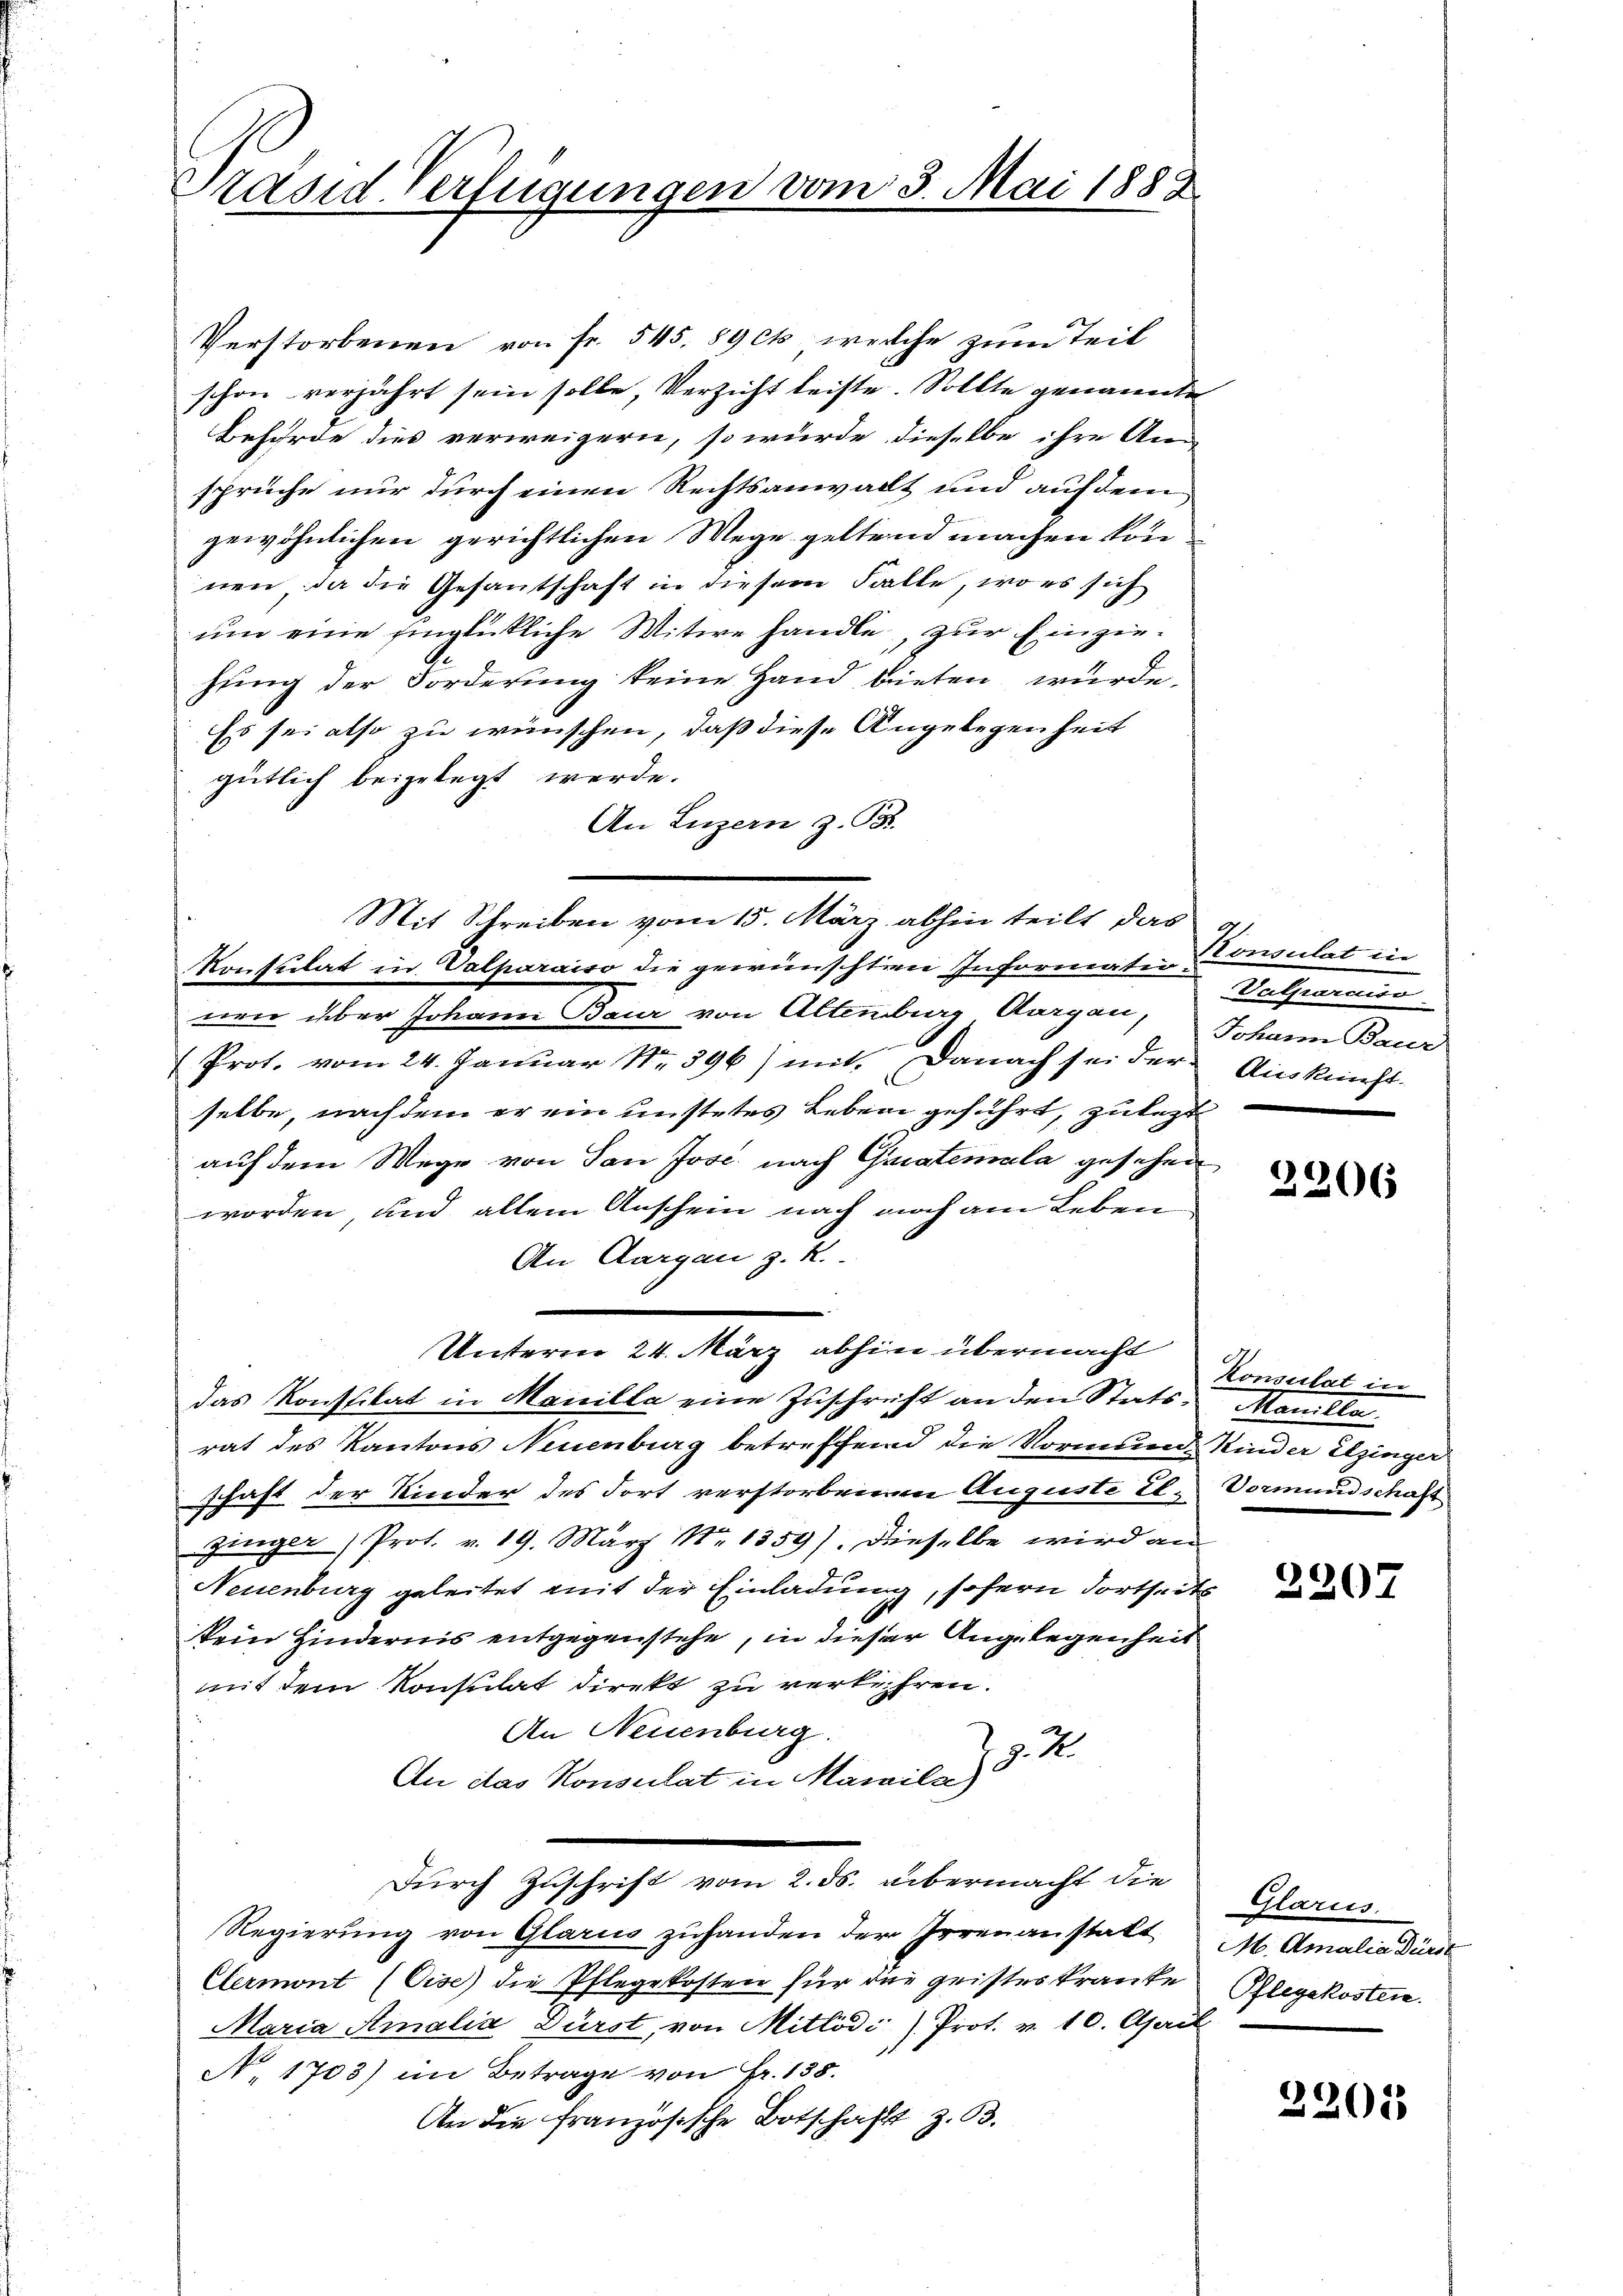
Präsid. Verfügungen vom 3. Mai 1888

Verstorbenen von Fr. 545. 89 cts, welche zum Teil
schon verjährt sein solle, Verzicht leiste. Sollte genannte
Behörde dies verweigern, so würde dieselbe ihre Ansprüche nur durch einen Rechtsanwalt und auf dem
gewöhnlichen gerichtlichen Wege geltend machen von
nen, da die Gesantschaft in diesem Falle, wo es sich
um eine einglickliche Witwe handle, zur Einziehung der Forderung keine Hand bieten wurde.
Es sei also zu wünschen, daß diese Angelegenheit
gütlich beigelegt werde.
An Luzern z. B.
Konsulat in Valparaiso die gewünschten Informatin Consulat in
nen über Johann Baur von Altenburg Aargau, Johann Baur
Prot. vom 24. Januar Nr. 396) mit. Danach sei der Auskunft-
selbe, nachdem er ein unstetes Leben geführt, zulezt
auf dem Wege von San Jose nach Guatemala gesehen
worden, und allein Anschein nach noch am Leben
An Aargau z. R.
Unterm 24. März abhin übermacht
das Konstitat in Manille eine Zuschrift an den Stats Manille
rat des Kantons Neuenburg betreffend die Vormund Kinder Elzinger
schaft der Kinder des dort verstorbenen Auguste El. Vormundschaft
zinger, Prot. v. 19. März N. 1359). Dieselbe wird an
Neuenburg geleitet mit der Einladung, sofern dortheits
kein Hindernis entgegenstehe, in dieser Angelegenheit
mit dem Konsulat direkt zu verkehren.
An Neuenburg
An das Konsulat in Marailar d. K.
Durch Zuschrift vom 2. ds. übermacht die
Regierŭng von Glarus zuhanden der Irrenanstatt M. Amalia dirit
Clermont (Gise) die Pflegekosten für die geisteskranke
Maria Amalia Fürst, von Mitlödi/Prot. v. 10. April
N. 1703) im Betrage von Fr. 138.
An die französische Botschafft z. 63.

Mit Schreiben vom 15. März abhin teilt das

Valparciiso

2206

Konsulat in

2207

Glarus.
Pflegekosten.

2205